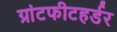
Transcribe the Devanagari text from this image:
ग्रांटफीटहर्डर